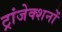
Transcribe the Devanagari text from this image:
ट्रांजेक्शनों